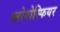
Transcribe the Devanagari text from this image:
ब्लोगोस्फियर